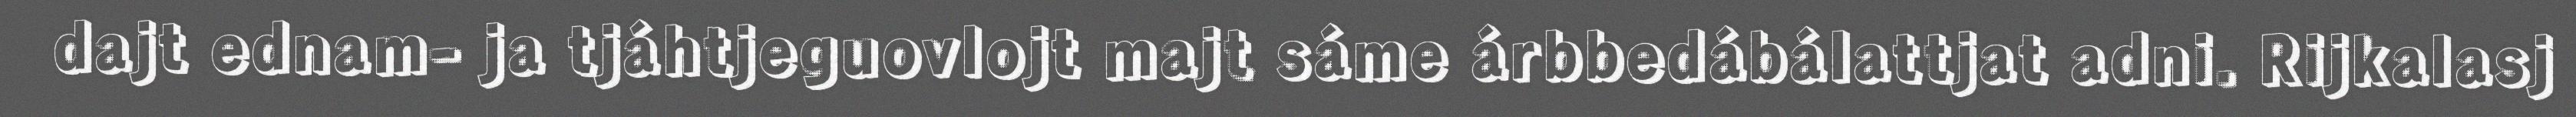
dajt ednam- ja tjáhtjeguovlojt majt sáme árbbedábálattjat adni. Rijkalasj